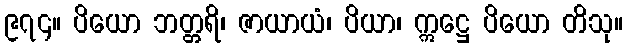
၉၇၄။ ပိယော ဘတ္တရိ၊ ဇာယာယံ၊ ပိယာ၊ ဣဋ္ဌေ ပိယော တိသု။